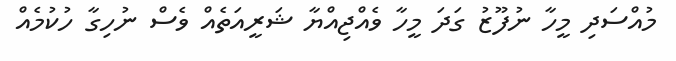
މުއްސަދި މީހާ ނުފޫޒު ގަދަ މީހާ ވެއްޖިއްޔާ ޝަރީއަތެއް ވެސް ނުހިގާ ހުކުމެއް